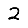
Digit: 2